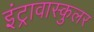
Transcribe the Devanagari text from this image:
इंट्रावास्कुलर